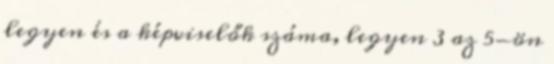
legyen és a képviselők száma, legyen 3 az 5-ön